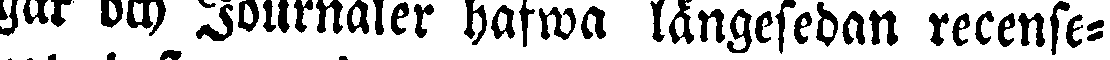
gar och Journaler hafwa längesedan recense-